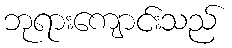
ဘုရားကျောင်းသည်